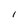
Character: l